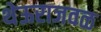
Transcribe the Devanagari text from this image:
थेऊराजवळ